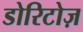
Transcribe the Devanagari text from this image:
डोरिटोज़